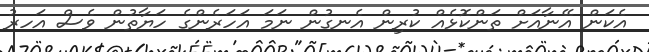
އެކަން އޭނާއަށް ތަންކޮޅެއް ކުރިން އެނގުން ނަމަ އަހަރެންގެ ހަޔާތުން ވެސް އަަހރު